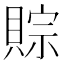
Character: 賩